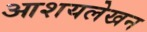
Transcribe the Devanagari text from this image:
आशयलेखन